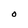
Character: O